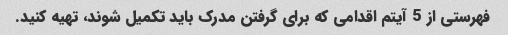
فهرستی از 5 آیتم اقدامی که برای گرفتن مدرک باید تکمیل شوند، تهیه کنید.